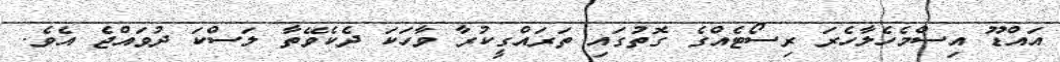
އައްޑޫ އިސްމެހެލާހެރަ ރިސޯޓެއްގެ ގޮތުގައި ތަރައްގީކުރާ ވާހަކަ ދެކެވޭތާ ލަސްކަ ދުވައްޖެ އެވެ.